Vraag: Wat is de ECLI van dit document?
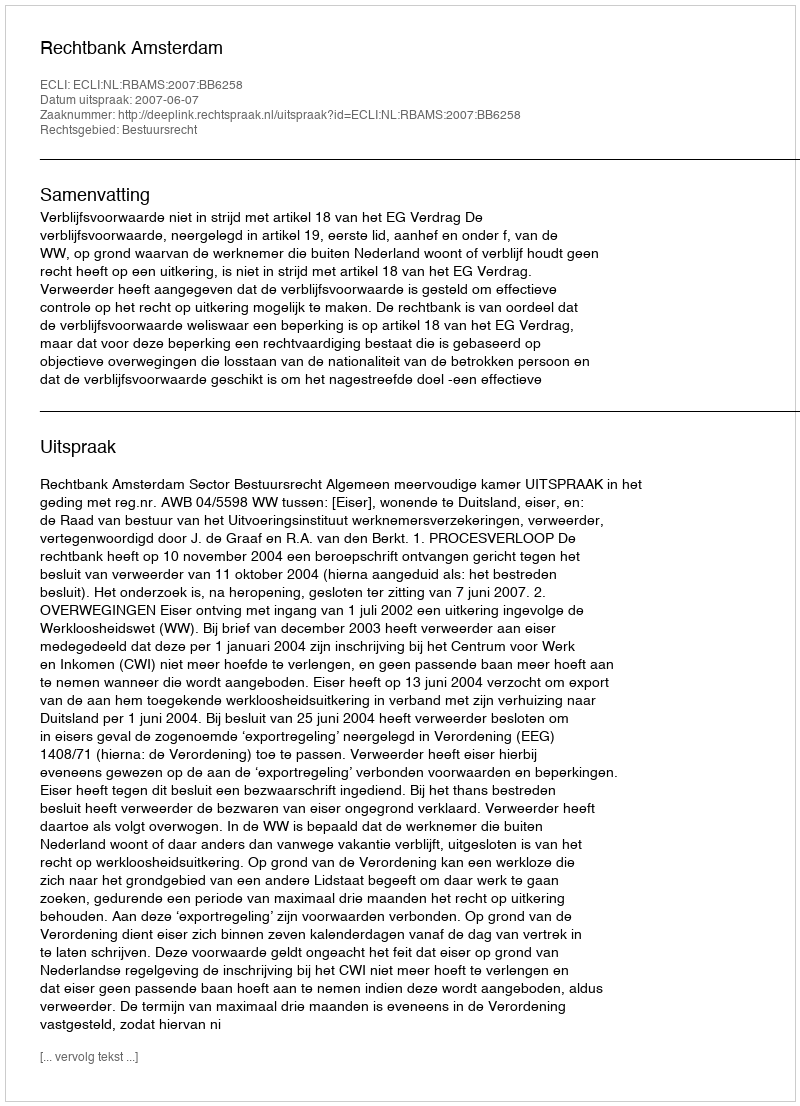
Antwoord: ECLI:NL:RBAMS:2007:BB6258